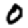
Digit: 0